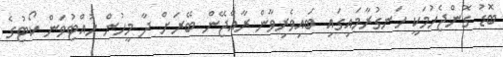
ބޮޑު ގޮންޖެހުމަކީ ހަނގުރާމައިގައި ބައިވެރިވާން ރާއްޖޭން ބޭރަށް ދާ މީހުން ހުއްޓުވަން ކޯޓުގެ